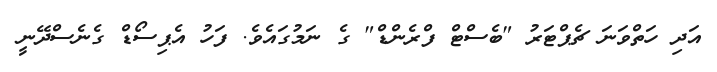
އަދި ހަތްވަނަ ޗެޕްޓަރު "ބެސްޓް ފްރެންޑް" ގެ ނަމުގައެވެ. ފަހު އެޕިސޯޑް ގެނެސްދޭނީ